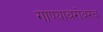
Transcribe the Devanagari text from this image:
गाण्याबरोबरच